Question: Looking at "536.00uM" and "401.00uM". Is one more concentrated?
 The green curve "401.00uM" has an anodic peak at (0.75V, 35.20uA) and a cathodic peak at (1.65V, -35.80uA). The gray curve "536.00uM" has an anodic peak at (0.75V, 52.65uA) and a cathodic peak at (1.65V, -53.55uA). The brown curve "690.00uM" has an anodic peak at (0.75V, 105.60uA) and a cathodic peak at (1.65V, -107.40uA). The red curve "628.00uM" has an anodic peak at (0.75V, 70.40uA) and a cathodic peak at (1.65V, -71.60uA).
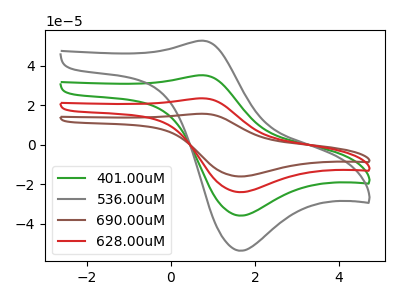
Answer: <think>All the peaks in "536.00uM" have a peak in "401.00uM" at the same potential. Every peak in "536.00uM" is higher than every peak in "401.00uM".
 </think>
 <answer>"536.00uM" has more signal than "401.00uM" and so likely has a higher concentration.</answer>
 <eval>more_concentration</eval>